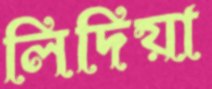
লিদিয়া